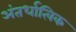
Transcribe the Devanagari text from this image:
अंतर्धात्विक